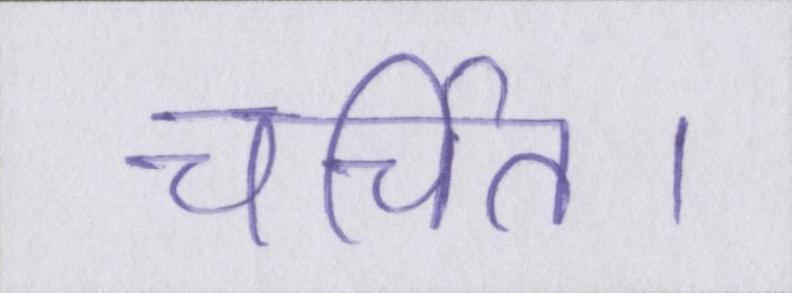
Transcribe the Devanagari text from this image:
चर्चित।